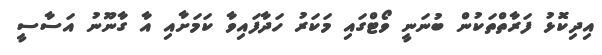
އިދިކޮޅު ފަރާތްތަކުން ބުނަނީ ވޯޓްގައި މަކަރު ހަދާފައިވާ ކަމަށާއި އާ ގާނޫނު އަސާސީ